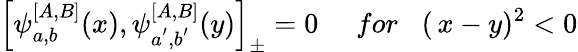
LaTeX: \left[\psi_{a,b}^{\left[A,B\right]}(x),\psi_{a^{^{\prime}},b^{^{\prime}}}^{\left[A,B\right]}(y)\right]_{\pm}=0\, \, \, \, \, \, \, \, for\, \, \, \, \, (\, x-y)^{2}<0